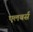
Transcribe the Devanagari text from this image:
एलबर्स